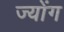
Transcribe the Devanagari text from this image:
ज्योंग